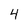
Character: 4